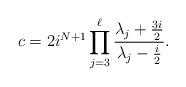
\begin{align*}c=2i^{N+1}\prod_{j=3}^\ell\frac{\lambda_j+\frac{3i}{2}}{\lambda_j-\frac{i}{2}}.\end{align*}